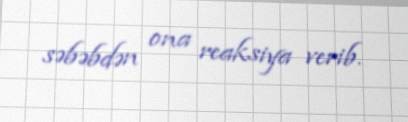
səbəbdən ona reaksiya verib.